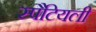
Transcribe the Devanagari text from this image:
स्पैटियली